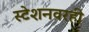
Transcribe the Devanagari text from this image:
स्टेशनवरही